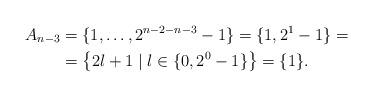
LaTeX: \begin{align*}A_{n-3}&=\{1,\dots,2^{n-2-n-3}-1\}=\{1,2^1-1\}=\\&=\left\{2l+1\mid l\in\{0,2^0-1\}\right\}=\{1\}.\end{align*}